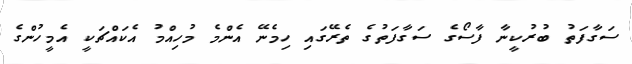
ސަގާފަތު ބުރުކީނާ ފާސޯގެ ސަގާފަތުގެ ތެރޭގައި ހިމެނޭ އެންމެ މުހިއްމު އެކައްޗަކީ އެމީހުންގެ